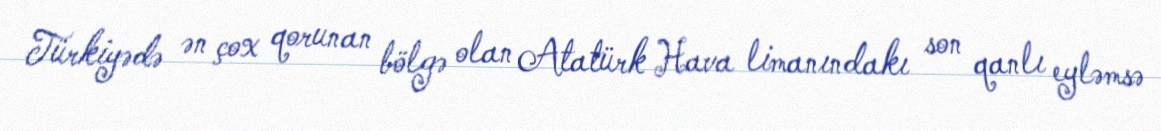
Türkiyədə ən çox qorunan bölgə olan Atatürk Hava limanındakı son qanlı eyləmsə